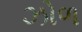
ઝોળ